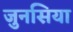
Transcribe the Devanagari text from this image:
जुनसिया